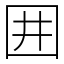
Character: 囲